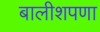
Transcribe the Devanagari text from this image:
बालीशपणा